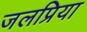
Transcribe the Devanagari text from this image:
जलप्रिया